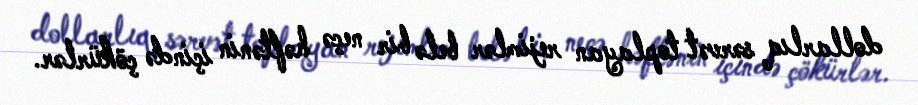
dollarlıq sərvət toplayan rejimlər belə bir neçə həftənin içində çökürlər.